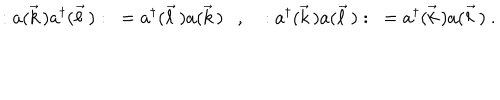
: a ( \vec { k } \, ) a ^ { \dagger } ( \vec { \ell } \, ) : \ = a ^ { \dagger } ( \vec { \ell } \, ) a ( \vec { k } \, ) \ \ \ , \ \ \ : a ^ { \dagger } ( \vec { k } \, ) a ( \vec { \ell } \, ) : \ = a ^ { \dagger } ( \vec { k } \, ) a ( \vec { \ell } \, ) \ .